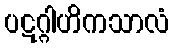
ပဋဂ္ဂါဟိကသာလံ